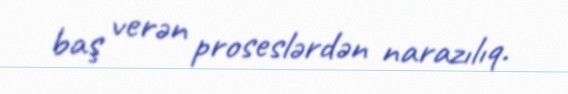
baş verən proseslərdən narazılıq.